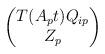
LaTeX: \begin{align*} \begin{pmatrix}T(A_{p}t)Q_{ip}\\Z_{p}\end{pmatrix} \end{align*}